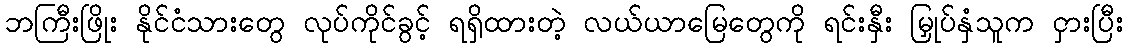
ဘကြီးဖြိုး နိုင်ငံသားတွေ လုပ်ကိုင်ခွင့် ရရှိထားတဲ့ လယ်ယာမြေတွေကို ရင်းနှီး မြှုပ်နှံသူက ငှားပြီး